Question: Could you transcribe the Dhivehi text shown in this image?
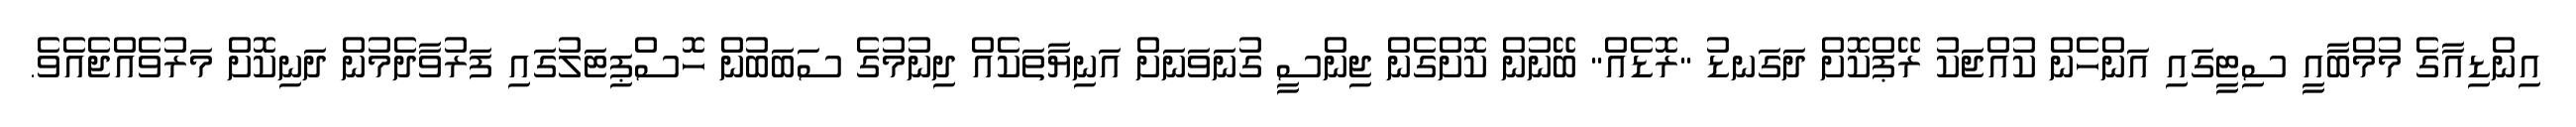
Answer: އިންޑިއާގެ މުމްބާއީ ސިޓީގައި އަންހެން ކުއްޖަކު ރޭޕްކޮށް ދަގަނޑު "ރޮޑެއް" ބޭނުން ކޮށްގެން ޖިންސީ ގުނަވަނަށް އަނިޔާތަކެއް ދިނުމުގެ ސަބަބުން ހޮސްޕިޓަލުގައި ފަރުވާދެމުން ދަނިކޮށް މަރުވެއްޖެއެވެ.